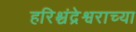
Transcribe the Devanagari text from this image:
हरिश्चंद्रेश्वराच्या